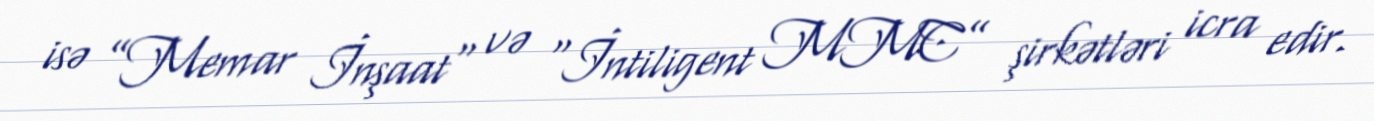
isə ”Memar İnşaat" və “İntiligent MMC” şirkətləri icra edir.